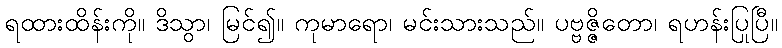
ရထားထိန်းကို။ ဒိသွာ၊ မြင်၍။ ကုမာရော၊ မင်းသားသည်။ ပဗ္ဗဇ္ဇိတော၊ ရဟန်းပြုပြီ။